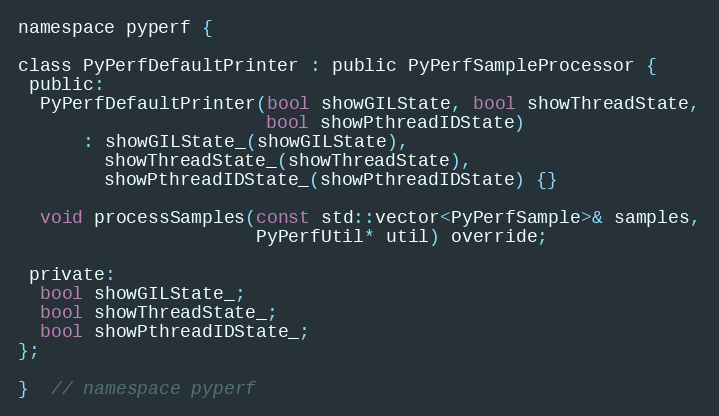
Language: C
namespace pyperf {

class PyPerfDefaultPrinter : public PyPerfSampleProcessor {
 public:
  PyPerfDefaultPrinter(bool showGILState, bool showThreadState,
                       bool showPthreadIDState)
      : showGILState_(showGILState),
        showThreadState_(showThreadState),
        showPthreadIDState_(showPthreadIDState) {}

  void processSamples(const std::vector<PyPerfSample>& samples,
                      PyPerfUtil* util) override;

 private:
  bool showGILState_;
  bool showThreadState_;
  bool showPthreadIDState_;
};

}  // namespace pyperf